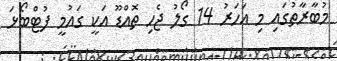
މުބާރާތުގައި މި އަހަރު 14 ގޯލު ޖެހި ތޮއްޑޫ އަކީ ގައުމީ ފުޓްބޯޅަ